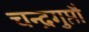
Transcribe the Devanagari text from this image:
चन्द्रगुप्तौ